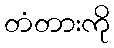
တံတားကို